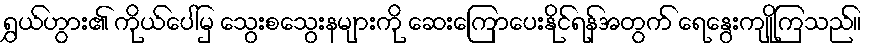
ရွှယ်ဟွား၏ ကိုယ်ပေါ်မှ သွေးစသွေးနများကို ဆေးကြောပေးနိုင်ရန်အတွက် ရေနွေးကျိုကြသည်။